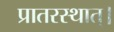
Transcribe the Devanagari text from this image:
प्रातरस्थात्।